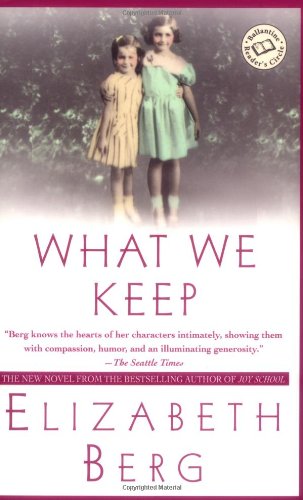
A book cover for What We Keep: A Novel (Ballantine Reader's Circle); Elizabeth Berg; Literature & Fiction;